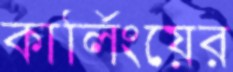
কার্লিংয়ের